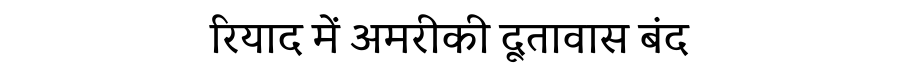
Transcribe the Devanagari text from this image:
रियाद में अमरीकी दूतावास बंद